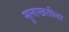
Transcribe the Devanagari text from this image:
मुलाखतीला